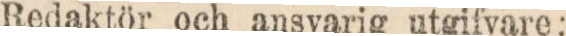
Redaktör och ansvarig utgifvare: